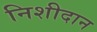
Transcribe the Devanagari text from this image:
निशीदान